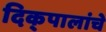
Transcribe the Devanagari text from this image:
दिक्‌पालांचे